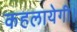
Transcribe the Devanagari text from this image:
कहलायेगी।